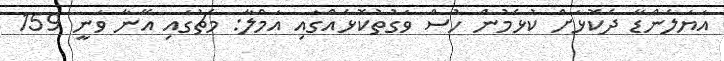
އަޔަލެންޑާ ދެކޮޅަށް ކުޅެމުން ހުސް ވަގުތުކޮޅެއްގައި އަމްލާ: މެޗުގައި އޭނާ ވަނީ 159